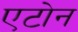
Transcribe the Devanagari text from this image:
एटोन